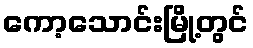
ကော့သောင်းမြို့တွင်